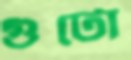
গুটো